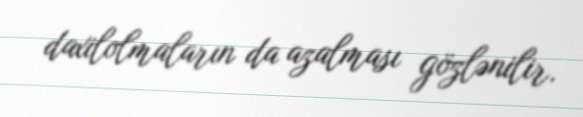
daxilolmaların da azalması gözlənilir.